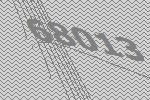
68013